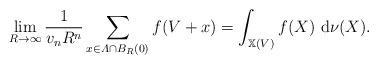
LaTeX: \begin{align*}\lim_{R\to\infty}\frac{1}{v_nR^n}\sum_{x\in\varLambda\cap B_R(0)}f(V+x)=\int_{\mathbb X(V)}f(X)\,\,{\rm d}\nu(X).\end{align*}